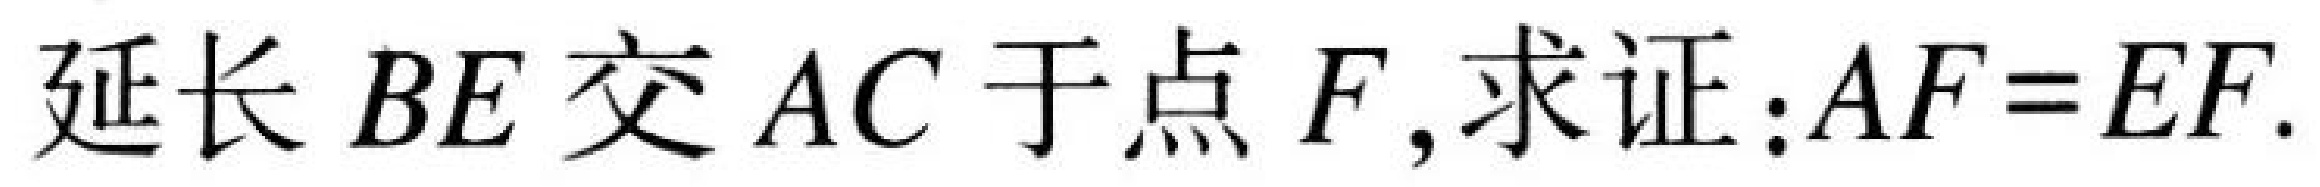
延长 \(BE\) 交 \(AC\) 于点 \(F\),求证：\(AF = EF\).